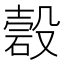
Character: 𥔳